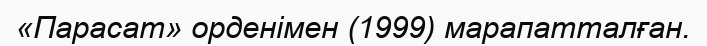
«Парасат» орденімен (1999) марапатталған.